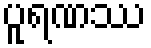
ပူရဏဿ